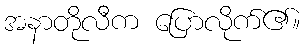
အနာတိုလီက ပြောလိုက်၏။